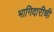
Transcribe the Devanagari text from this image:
भागिदारीची